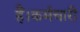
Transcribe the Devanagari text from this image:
हैं।कर्मचारी